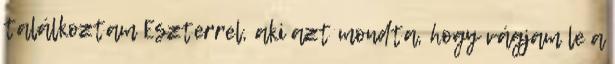
találkoztam Eszterrel, aki azt mondta, hogy vágjam le a